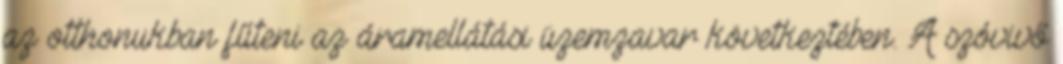
az otthonukban fűteni az áramellátási üzemzavar következtében. A szóvivő